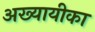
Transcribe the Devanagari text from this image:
अख्यायीका